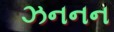
ઝનનન